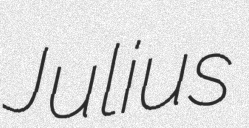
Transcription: Julius